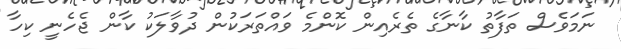
ނަމަވެސް ތަފާތު ކާނާގެ ތެރެއިން ކޮންމެ ވައްތަރަކުން ދުވާލަކު ކާން ޖެހެނީ ކިހާ